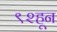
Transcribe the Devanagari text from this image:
९२हून